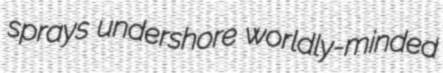
sprays undershore worldly-minded